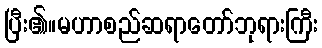
ပြီး၏။မဟာစည်ဆရာတော်ဘုရားကြီး